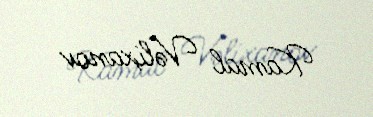
Kamal Vəlixanov